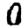
Digit: 0